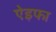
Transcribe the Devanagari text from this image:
ऐइफा